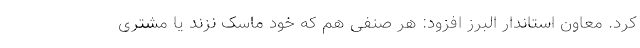
کرد. معاون استاندار البرز افزود: هر صنفی هم که خود ماسک نزند یا مشتری